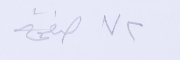
٧٢ صفحة